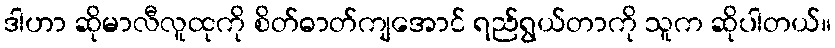
ဒါဟာ ဆိုမာလီလူထုကို စိတ်ဓာတ်ကျအောင် ရည်ရွယ်တာကို သူက ဆိုပါတယ်။